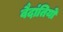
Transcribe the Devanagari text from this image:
वैदांतियों